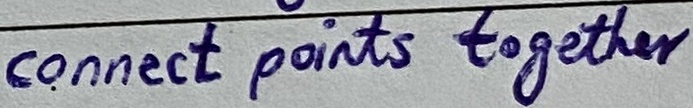
Text: connect points together